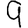
Digit: 9